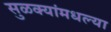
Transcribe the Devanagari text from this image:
सुळक्यांमधल्या